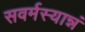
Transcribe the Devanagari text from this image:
सवर्मस्यान्नं